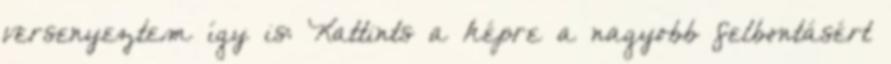
versenyeztem így is: Kattints a képre a nagyobb felbontásért